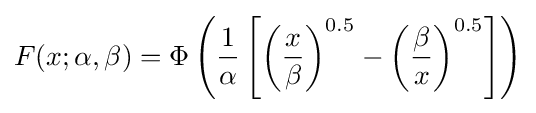
F(x;\alpha ,\beta )=\Phi \left({\frac {1}{\alpha }}\left[\left({\frac {x}{\beta }}\right)^{0.5}-\left({\frac {\beta }{x}}\right)^{0.5}\right]\right)